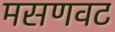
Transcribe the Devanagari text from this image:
मसणवट